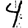
Digit: 4